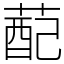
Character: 蓜